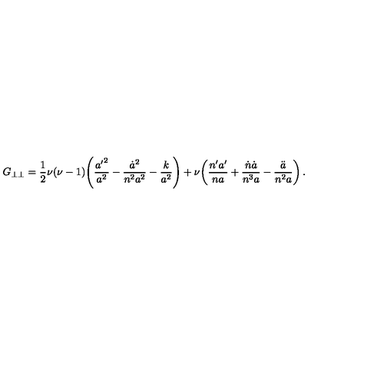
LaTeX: G _ { \perp \perp } = \frac { 1 } { 2 } \nu ( \nu - 1 ) \! \left( \frac { { a ^ { \prime } } ^ { 2 } } { a ^ { 2 } } - \frac { \dot { a } ^ { 2 } } { n ^ { 2 } a ^ { 2 } } - \frac { k } { a ^ { 2 } } \right) + \nu \! \left( \frac { n ^ { \prime } a ^ { \prime } } { n a } + \frac { \dot { n } \dot { a } } { n ^ { 3 } a } - \frac { \ddot { a } } { n ^ { 2 } a } \right) .